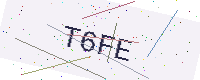
Text: T6FE